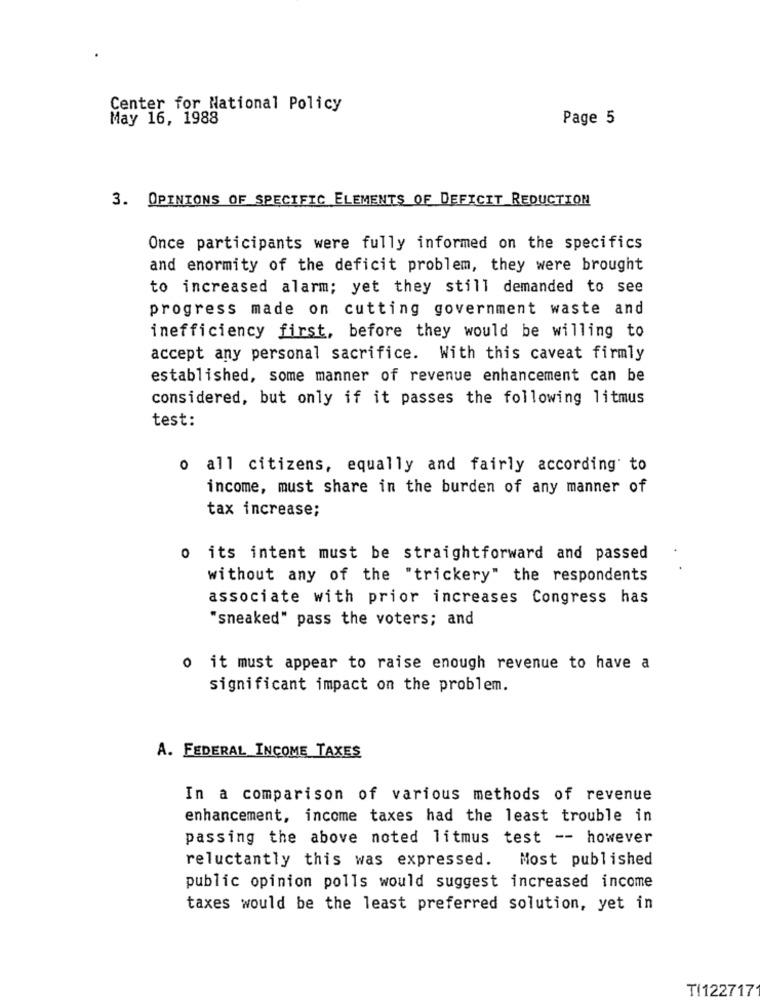
Center for National Policy
May 16, 1988
Page 5
3. OPINIONS OF SPECIFIC ELEMENTS OF DEFICIT REDUCTION
Once participants were fully informed on the specifics
and enormity of the deficit problem, they were brought
to increased alarm; yet they still demanded to see
progress made on cutting government waste and
inefficiency first, before they would be willing to
accept any personal sacrifice. With this caveat firmly
established, some manner of revenue enhancement can be
considered, but only if it passes the following litmus
test:
o all citizens, equally and fairly according to
income, must share in the burden of any manner of
tax increase;
o its intent must be straightforward and passed
.
without any of the "trickery" the respondents
associate with prior increases Congress has
"sneaked" pass the voters; and
o it must appear to raise enough revenue to have a
significant impact on the problem.
A. FEDERAL INCOME TAXES
In a comparison of various methods of revenue
enhancement, income taxes had the least trouble in
passing the above noted litmus test -- however
reluctantly this was expressed. Most published
public opinion polls would suggest increased income
taxes would be the least preferred solution, yet in
TI122717